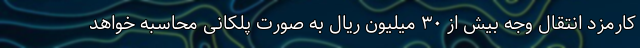
کارمزد انتقال وجه بیش از ۳۰ میلیون ریال به صورت پلکانی محاسبه خواهد